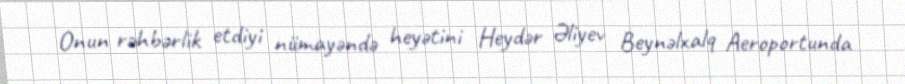
Onun rəhbərlik etdiyi nümayəndə heyətini Heydər Əliyev Beynəlxalq Aeroportunda